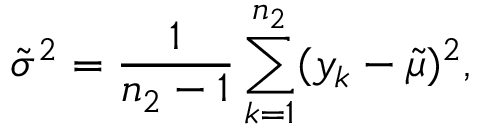
\tilde { \sigma } ^ { 2 } = \frac { 1 } { n _ { 2 } - 1 } \sum _ { k = 1 } ^ { n _ { 2 } } ( y _ { k } - \tilde { \mu } ) ^ { 2 } ,